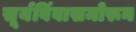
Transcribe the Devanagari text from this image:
सूर्यबिंबासमोरून